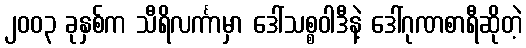
၂၀၀၃ ခုနှစ်က သီရိလင်္ကာမှာ ဒေါ်သစ္စဝါဒီနဲ့ ဒေါ်ဂုဏစာရီဆိုတဲ့